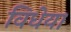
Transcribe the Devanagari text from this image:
विधेया